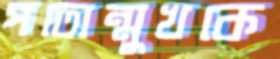
পতোন্মুখকে